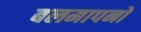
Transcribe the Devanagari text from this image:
बलमापनों